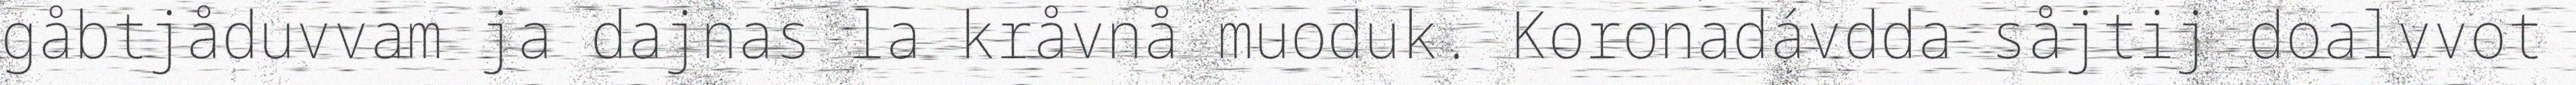
gåbtjåduvvam ja dajnas la kråvnå muoduk. Koronadávdda såjtij doalvvot